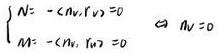
\[
\begin{cases}
N: - \langle n_v, r_v \rangle = 0 \\
M: - \langle n_w, r_w \rangle = 0
\end{cases} \quad \text{if} \quad N = 0
\]